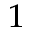
^ 1